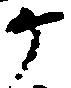
ヶ